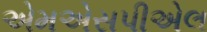
એમએસપીએલ